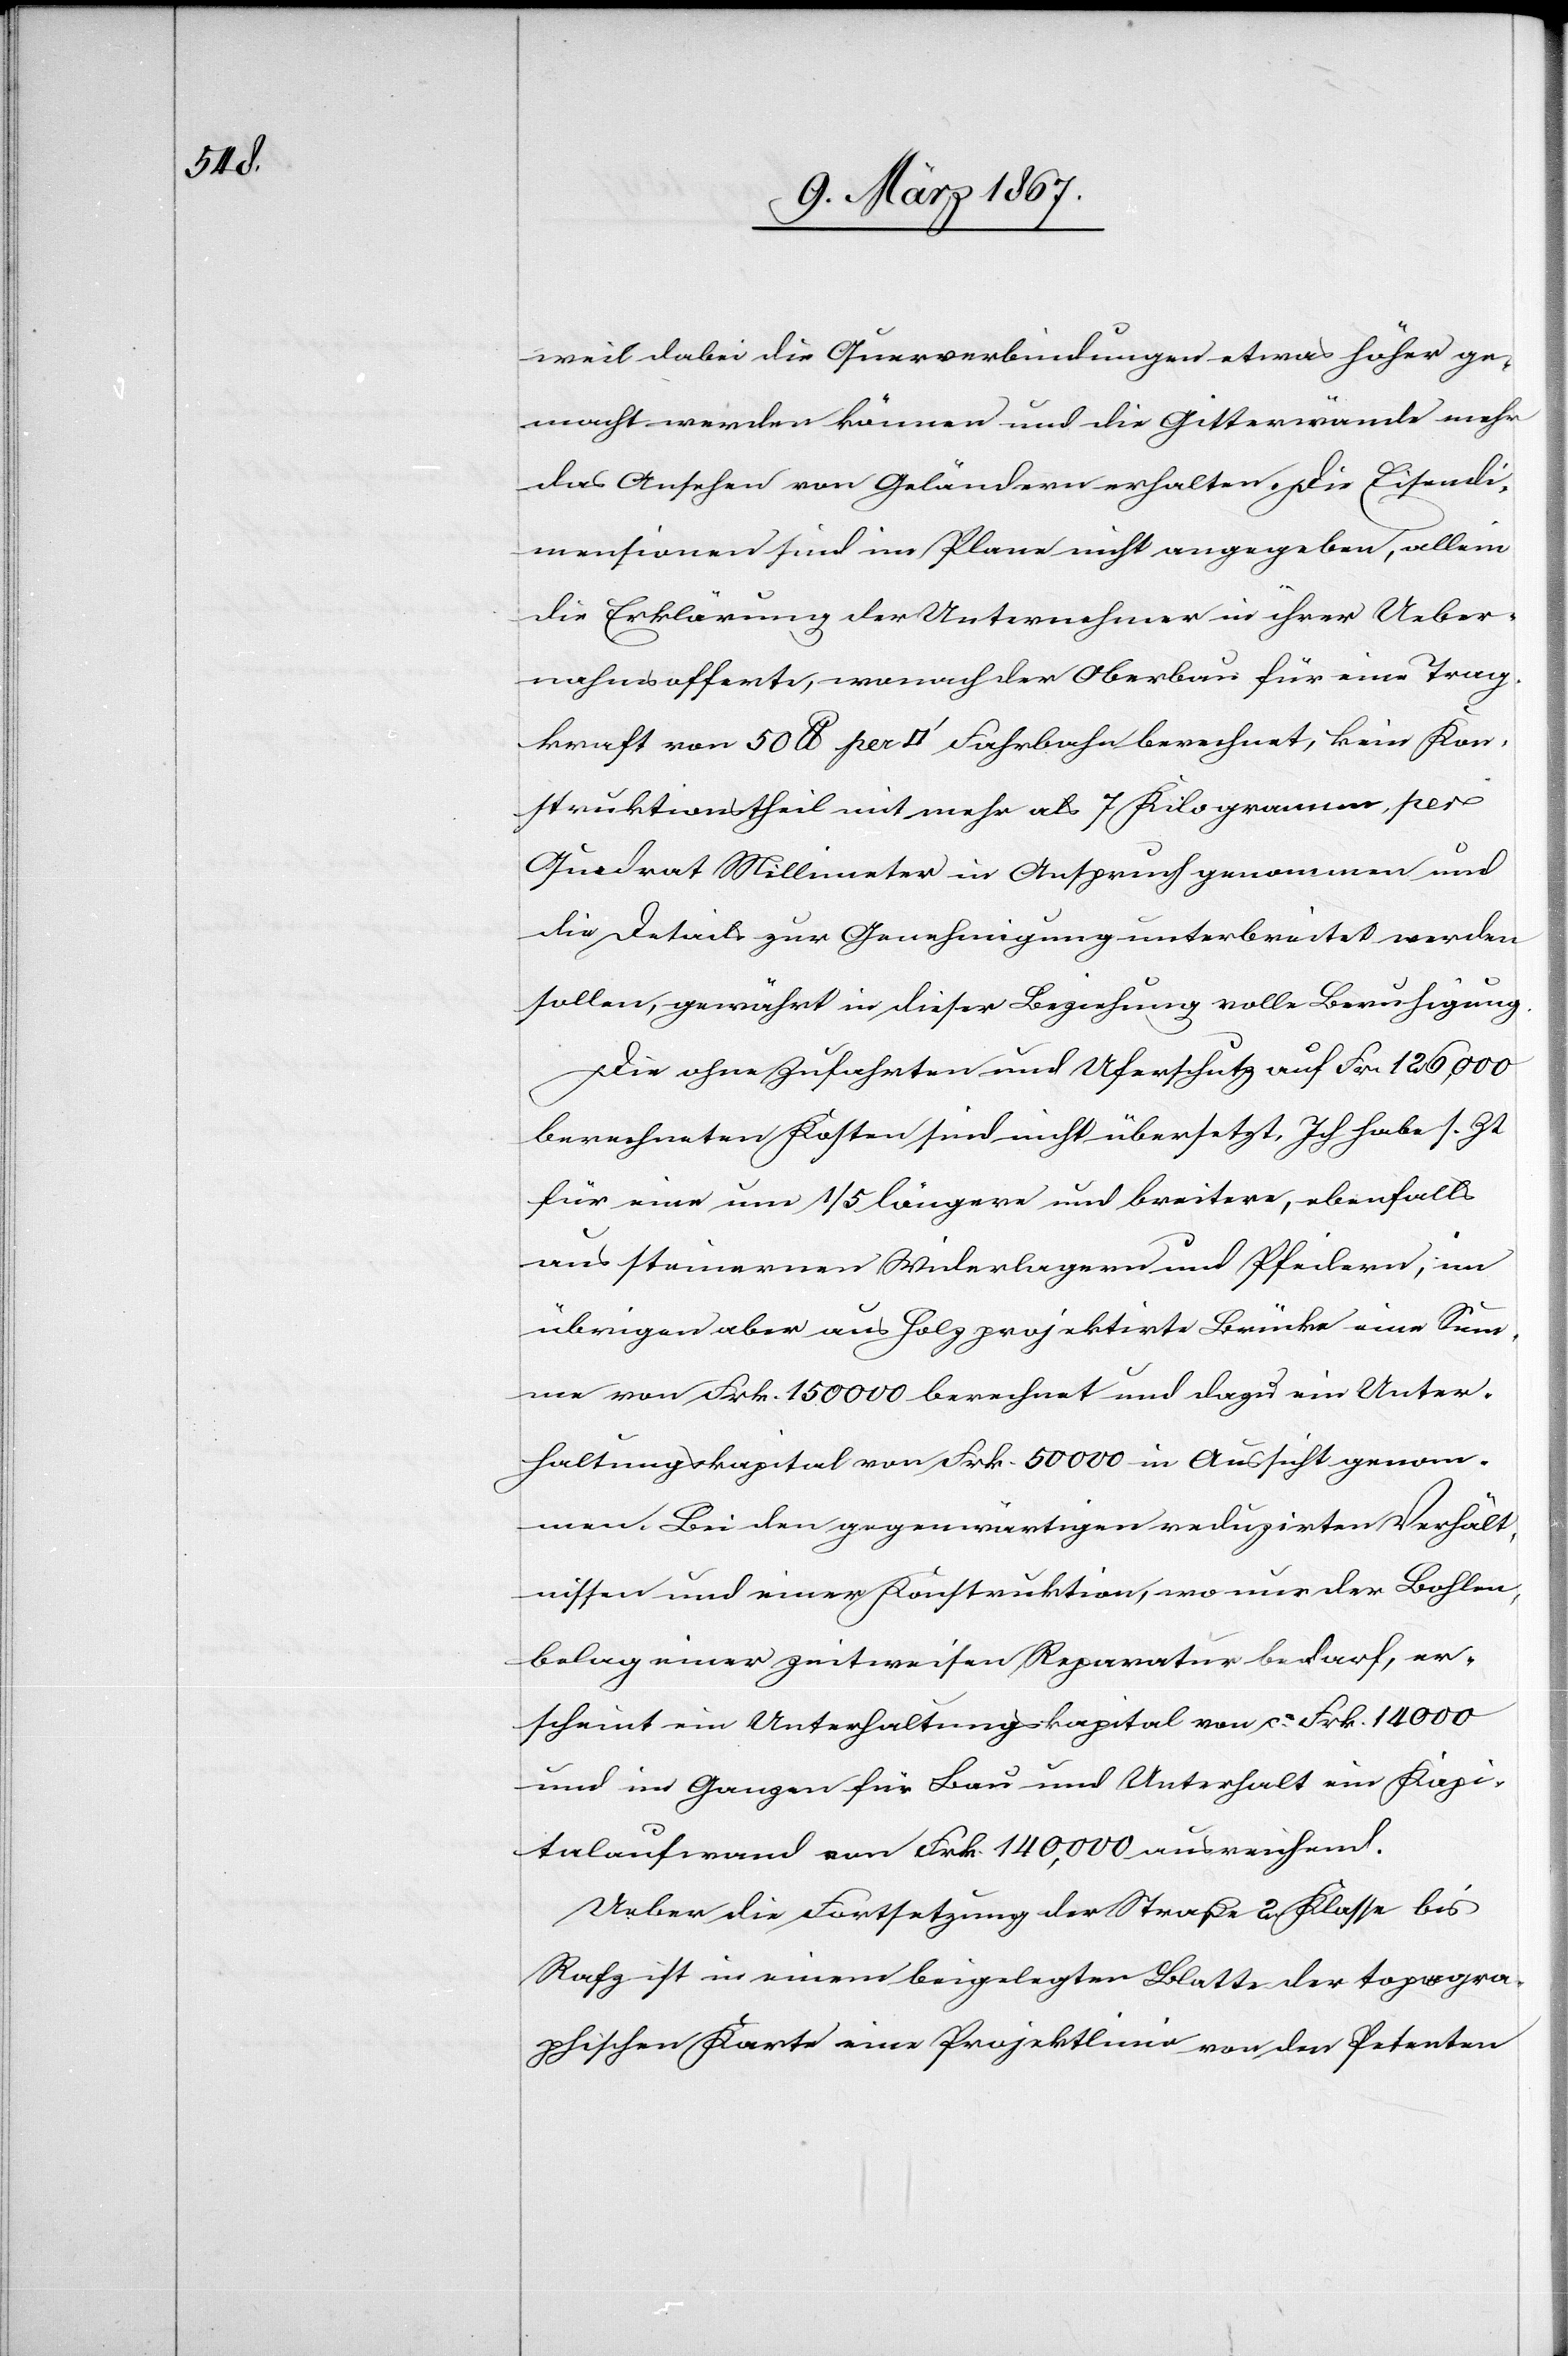
weil dabei die Querverbindungen etwas höher ge¬
macht werden können und die Gitterwände mehr
das Ansehen von Geländern erhalten. Die Eisendi¬
mensionen sind im Plane nicht angegeben, allein
die Erklärung der Unternehmer in ihrer Ueber¬
nahmsofferte, wonach der Oberbau für eine Trag¬
kraft von 50 lb per [Quadratfuss] Fahrbahn berechnet, kein Kon¬
struktionstheil mit mehr als 7 Kilogramm per
Quadrat Millimeter in Anspruch genommen und
die Details zur Genehmigung unterbreitet werden
sollen, gewährt in dieser Beziehung volle Beruhigung.
Die ohne Zufahrten und Uferschutz auf Frk. 126,000
berechneten Kosten sind nicht übersetzt. Ich habe s. Zt.
für eine 1/5 längere und breitere, ebenfalls
aus steinernen Widerlagern und Pfeilern, im
übrigen aber aus Holz projektirte Brücke eine Su¬
mme von Frk. 150 000 berechnet und dazu ein Unter¬
haltungskapital von Frk. 50 000 in Aussicht genom¬
men. Bei den gegenwärtigen reduzirten Verhält¬
nissen und einer Konstruktion, wo nur der Bohlen¬
belag einer zeitweisen Reparatur bedarf, er¬
scheint ein Unterhaltungskapital von ca. Frk. 14 000
und im Ganzen für Bau und Unterhalt ein Kapi¬
talaufwand von Frk. 140,000 ausreichend.
Ueber die Fortsetzung der Straße 2. Klasse bis
Rafz ist in einem beigelegten Blatte der topogra¬
phischen Karte eine Projektlinie von den Petenten